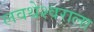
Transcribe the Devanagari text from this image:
लवथेश्वराला